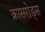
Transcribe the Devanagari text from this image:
क्रासरोड्स